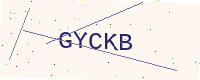
Text: GYCKB